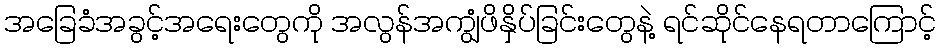
အခြေခံအခွင့်အရေးတွေကို အလွန်အကျွံဖိနှိပ်ခြင်းတွေနဲ့ ရင်ဆိုင်နေရတာကြောင့်